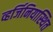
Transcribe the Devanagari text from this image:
व्हर्जिनियास्थित